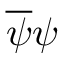
{ \overline { { \psi } } } \psi